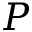
{ \cal P }